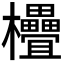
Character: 𣡭